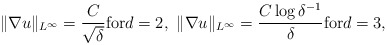
\begin{align*} \|\nabla u\|_{L^{\infty}}=\frac{C}{\sqrt{\delta}} \mbox{for} d=2,~\|\nabla u\|_{L^{\infty}}= \frac{C \log\delta^{-1}}{\delta} \mbox{for} d=3,\end{align*}